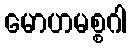
မောဟမစ္စဂါ